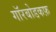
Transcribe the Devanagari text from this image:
गॉरबोडकफ़